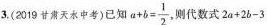
3(219天水中考)已知 $$a+b= \frac{1}{2}$$ 则代数式2a+2-3